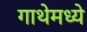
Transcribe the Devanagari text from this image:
गाथेमध्ये